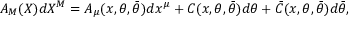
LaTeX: { \cal A } _ { M } ( X ) d X ^ { M } = { \cal A } _ { \mu } ( x , \theta , \bar { \theta } ) d x ^ { \mu } + C ( x , \theta , \bar { \theta } ) d \theta + \bar { C } ( x , \theta , \bar { \theta } ) d \bar { \theta } ,